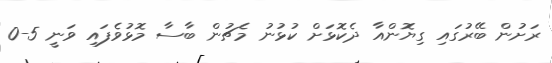
ރަށުން ބޭރުގައި ގިޔޮންއާ ދެކޮޅަށް ކުޅުނު މެޗުން ބާސާ މޮޅުވެފައި ވަނީ 5-0